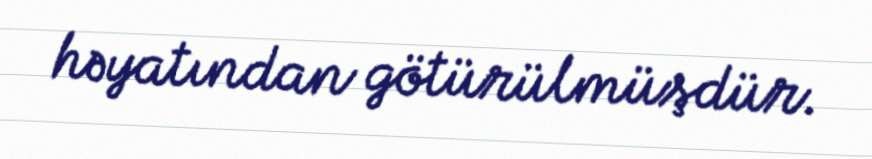
həyatından götürülmüşdür.